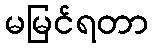
မမြင်ရတာ